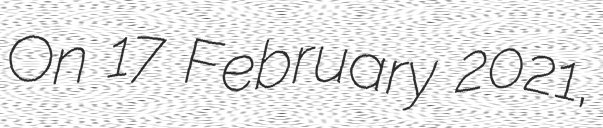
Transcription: On 17 February 2021,